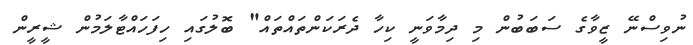
ނުވިސްނޭ ޒީވާގެ ސަބަބުން މި ދިމާވަނީ ކިހާ ދެރަކަންތައްތައް" ބޮލުގައި ހިފަހައްޓާލަމުން ޝީރީން